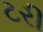
ટરી